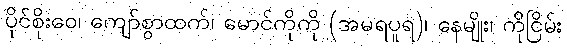
ပိုင်စိုးဝေ၊ ကျော်စွာထက်၊ မောင်ကိုကို (အမရပူရ)၊ နေမျိုး၊ ကိုငြိမ်း